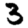
Digit: 3